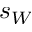
s _ { W }